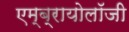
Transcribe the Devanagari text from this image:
एम्ब्रायोलॉजी